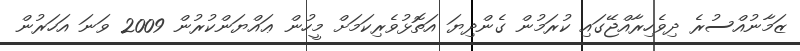
ޒަމާނުއްސުރެ ދިވެހިރާއްޖޭގައި ކުރަމުން ގެންދިޔަ އަތޮޅުވެރިކަމަށް މީހުން ޢައްޔަންކުރުން 2009 ވަނަ އަހަރުން